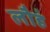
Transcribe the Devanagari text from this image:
लौहं